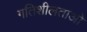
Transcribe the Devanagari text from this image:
गतिशीलताओ